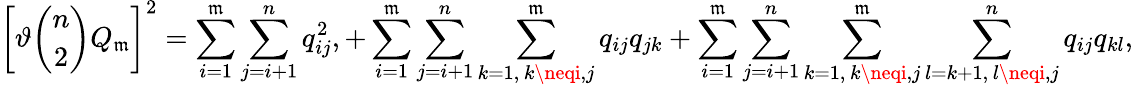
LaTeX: \left[\vartheta\binom{n}{2}Q_{\mathfrak{m}}\right]^{2}=\sum_{i=1}^{\mathfrak{m}}\sum_{j=i+1}^{n}q_{ij}^{2},+\sum_{i=1}^{\mathfrak{m}}\sum_{j=i+1}^{n}\sum_{\substack{k=1,\, k\neqi,j}}^{\mathfrak{m}}q_{ij}q_{jk}+\sum_{i=1}^{\mathfrak{m}}\sum_{j=i+1}^{n}\sum_{\substack{k=1,\, k\neqi,j}}^{\mathfrak{m}}\sum_{\substack{l=k+1,\, l\neqi,j}}^{n}q_{ij}q_{kl},